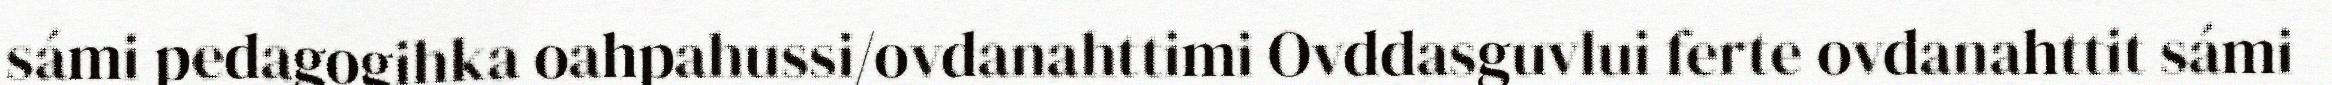
sámi pedagogihka oahpahussi/ovdanahttimi Ovddasguvlui ferte ovdanahttit sámi